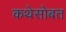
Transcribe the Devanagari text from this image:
कथेसोबत